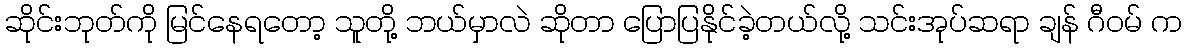
ဆိုင်းဘုတ်ကို မြင်နေရတော့ သူတို့ ဘယ်မှာလဲ ဆိုတာ ပြောပြနိုင်ခဲ့တယ်လို့ သင်းအုပ်ဆရာ ချန် ဂီဝမ် က